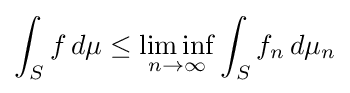
\int _{S}f\,d\mu \leq \liminf _{n\to \infty }\int _{S}f_{n}\,d\mu _{n}